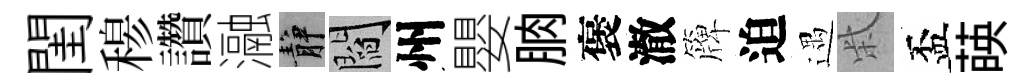
閨𥠇讚瀜静閻州嬰朒褒澈簰迫遇柴盃𦴤